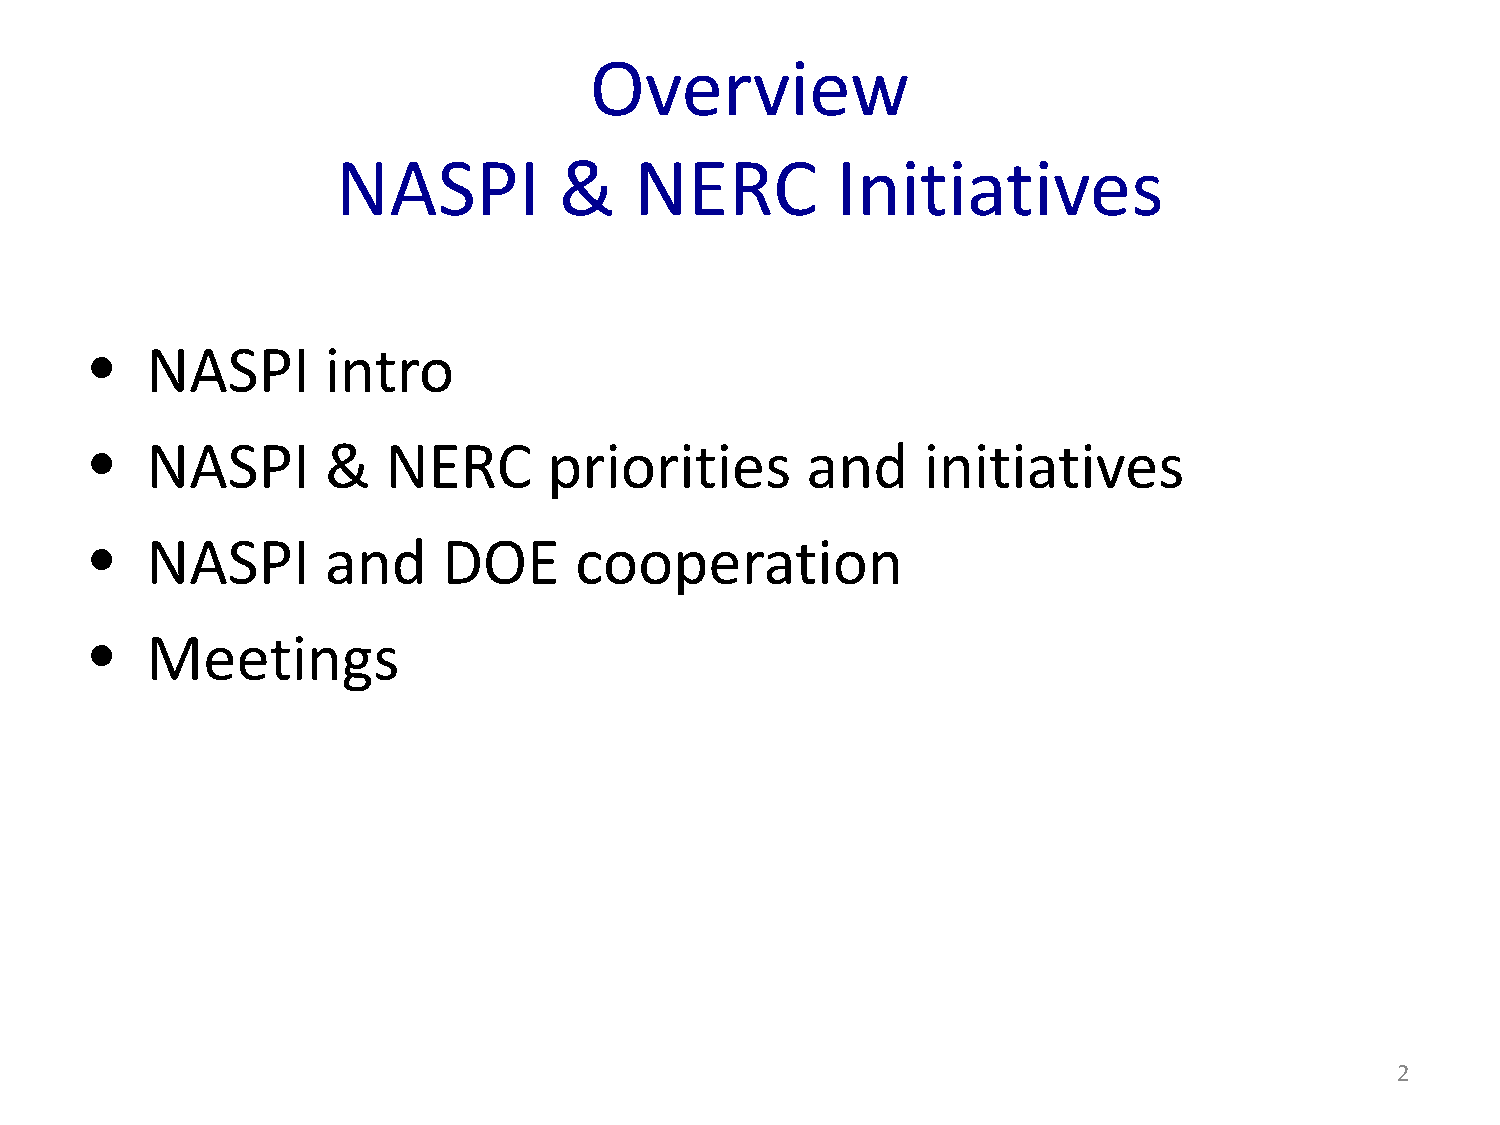
Overview
 NASPI          &    NERC         Initiatives
 NASPI       intro
 •
 NASPI       &   NERC      priorities       and     initiatives
 •
 NASPI       and    DOE      cooperation
 •
 Meetings
 •
 2